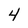
Character: 4